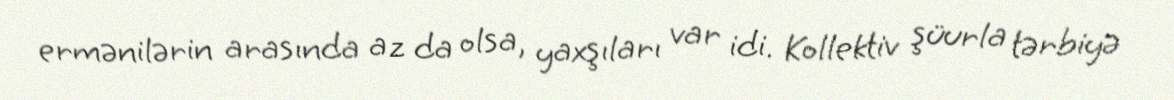
ermənilərin arasında az da olsa, yaxşıları var idi. Kollektiv şüurla tərbiyə